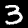
Digit: 3